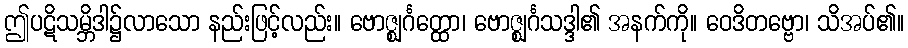
ဤပဋိသမ္ဘိဒါ၌လာသော နည်းဖြင့်လည်း။ ဗောဇ္ဈင်္ဂတ္ထော၊ ဗောဇ္ဈင်္ဂသဒ္ဒါ၏ အနက်ကို။ ဝေဒိတဗ္ဗော၊ သိအပ်၏။